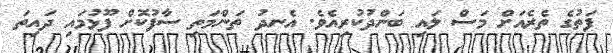
ފަތުގެ ތެރެއަަށް މަސް ލައި ބަންދުކުރިއެވެ. އެނދު ތަންމަތި ސާފުކޮށް ފޫޅުމައި ދައިތަ